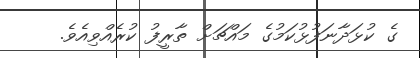
ގެ ކުޅަދާނަފުޅުކަމުގެ މައްޗަށް ތާރީފު ކުރެއްވިއެވެ.